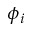
\phi _ { i }